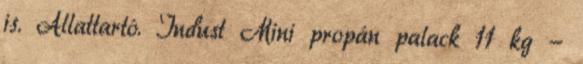
is. Állattartó. Indust Mini propán palack 11 kg -